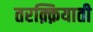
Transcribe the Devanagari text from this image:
तरक़्क़ियाती